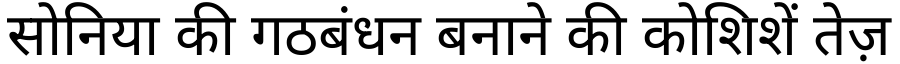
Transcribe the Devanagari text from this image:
सोनिया की गठबंधन बनाने की कोशिशें तेज़